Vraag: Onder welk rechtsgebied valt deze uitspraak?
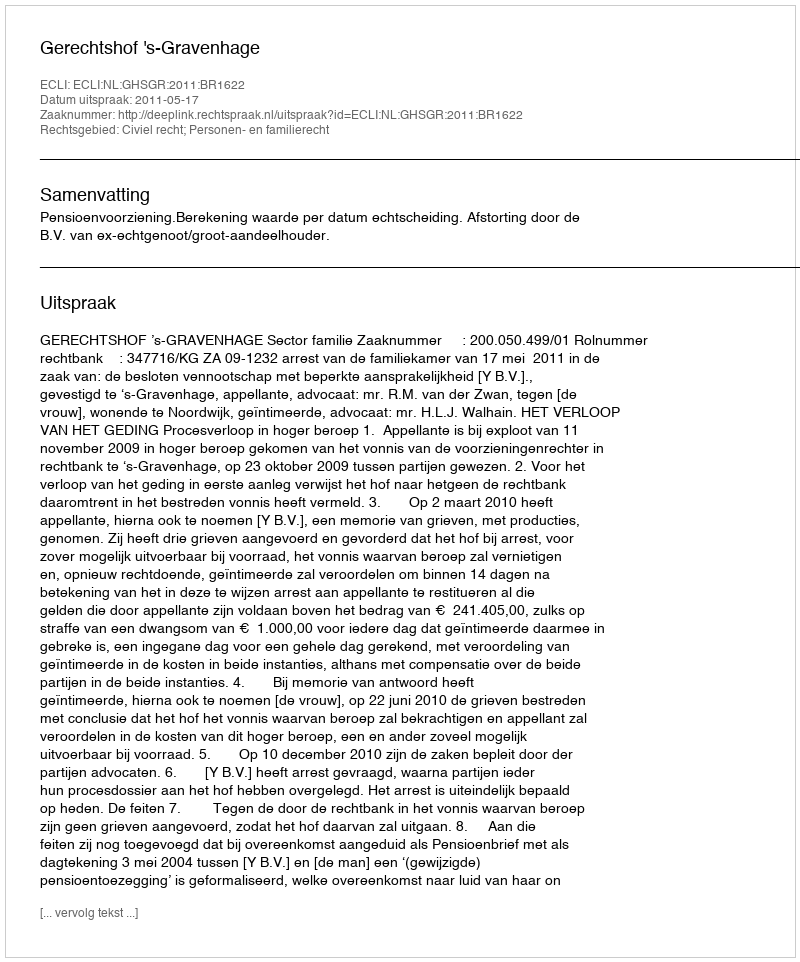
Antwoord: Civiel recht; Personen- en familierecht